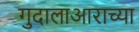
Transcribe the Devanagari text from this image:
गुदालाआराच्या